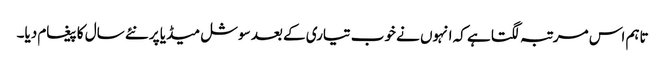
تاہم اس مرتبہ لگتا ہے کہ انہوں نے خوب تیاری کے بعد سوشل میڈیا پر نئے سال کا پیغام دیا۔